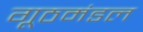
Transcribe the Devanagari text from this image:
गूठमंडल